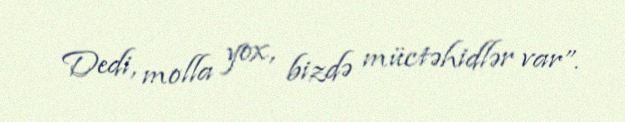
Dedi, molla yox, bizdə müctəhidlər var”.